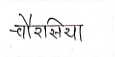
मजकूर: चौरसिया